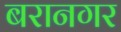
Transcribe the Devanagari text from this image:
बरानगर